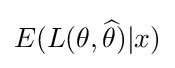
E(L(\theta ,{\widehat {\theta }})|x)